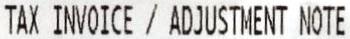
TAX INVOICE / ADJUSTMENT NOTE